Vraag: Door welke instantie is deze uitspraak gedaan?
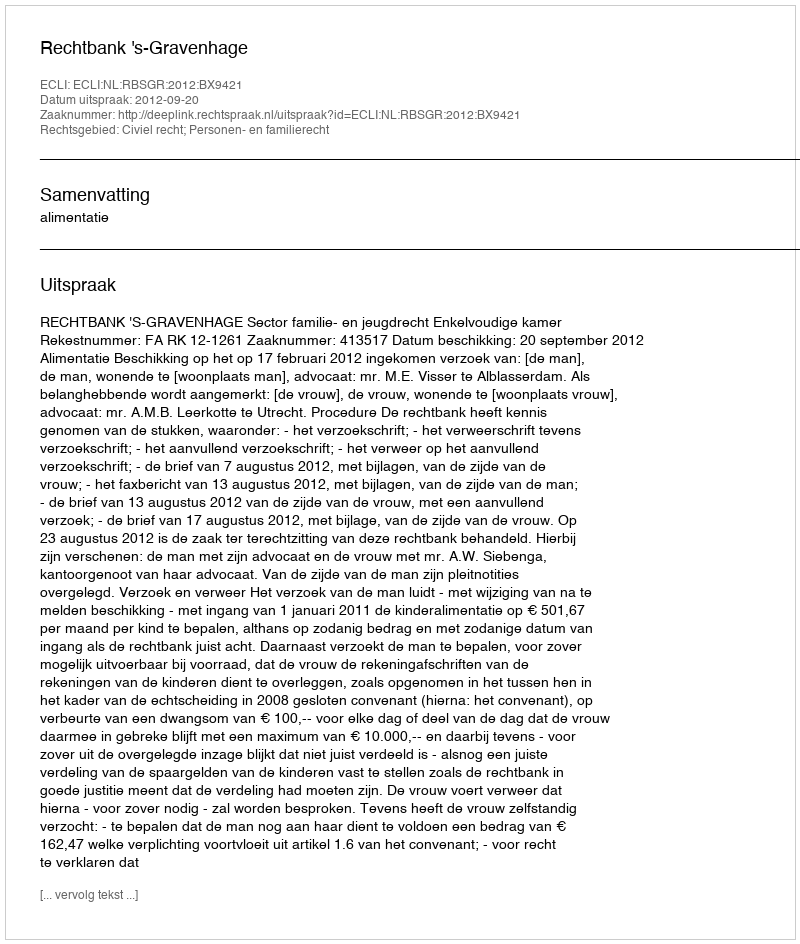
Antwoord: Rechtbank 's-Gravenhage